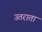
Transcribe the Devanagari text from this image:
उतराता